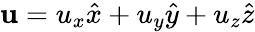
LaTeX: \mathbf{u}=u_{x}\hat{x}+u_{y}\hat{y}+u_{z}\hat{z}